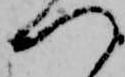
つ